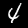
Label: 4